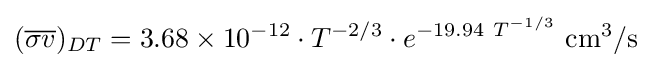
({\overline {\sigma v}})_{DT}=3.68\times 10^{-12}\cdot T^{-2/3}\cdot e^{-19.94\ T^{-1/3}}\mathrm {~{cm}^{3}/s}